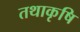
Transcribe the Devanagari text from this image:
तथाकृषि